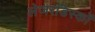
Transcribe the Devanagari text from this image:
लेजरडिस्कों